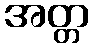
အတ္တ